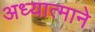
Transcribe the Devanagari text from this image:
अध्यात्माने